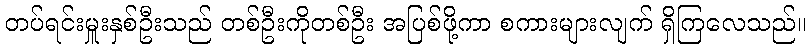
တပ်ရင်းမှူးနှစ်ဦးသည် တစ်ဦးကိုတစ်ဦး အပြစ်ဖို့ကာ စကားများလျက် ရှိကြလေသည်။